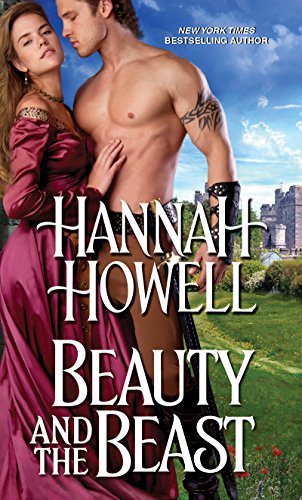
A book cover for Beauty and the Beast; Hannah Howell; Romance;